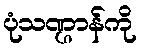
ပုံသဏ္ဌာန်ကို